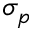
\sigma _ { p }